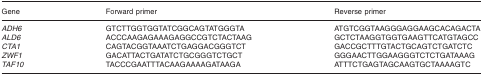
| Gene | Forward primer | Reverse primer |
 | --- | --- | --- |
 | ADH6 | GTCTTGGTGGTATCGGCAGTATGGGTA | ATGTCGGTAAGGGAGGAAGCACAGACTA |
 | ALD6 | ACCCAAGAGAAAGAGGCCGTCTACTAAG | GCTCTAAGGTGGTGAAGTTCATGTAGCC |
 | CTA1 | CAGTACGGTAAATCTGAGGACGGGTCT | GACCGCTTTGTACTGCAGTCTGATCTC |
 | ZWF1 | GACATTACTGATATCTGCGGGTCTGCT | GGGAACTTGGAAGGGTCTCTGATAAAG |
 | TAF10 | TACCCGAATTTACAAGAAAAGATAAGA | ATTTCTGAGTAGCAAGTGCTAAAAGTC |